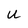
Character: u